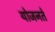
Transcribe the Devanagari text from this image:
योजनते